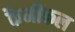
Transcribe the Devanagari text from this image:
कैमीकल